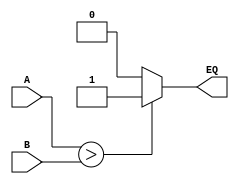
module comparator (
    input [31:0] A,
    input [31:0] B,
    output reg EQ
);

always @* begin
    EQ = (A > B) ? 1'b1 : 1'b0;
end

endmodule